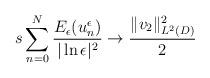
LaTeX: \begin{align*}s\sum_{n=0}^{N}\frac{E_{\epsilon}(u_n^{\epsilon})}{|\ln\epsilon|^2}\rightarrow \frac{\lVert v_2\rVert_{L^2(D)}^2}{2}\end{align*}